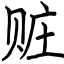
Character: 赃